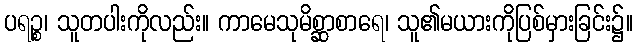
ပရဉ္စ၊ သူတပါးကိုလည်း။ ကာမေသုမိစ္ဆာစာရေ၊ သူ၏မယားကိုပြစ်မှားခြင်း၌။